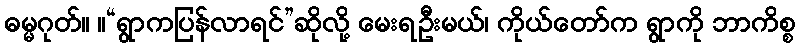
ဓမ္မဂုတ်။ ။“ရွာကပြန်လာရင်”ဆိုလို့ မေးရဦးမယ်၊ ကိုယ်တော်က ရွာကို ဘာကိစ္စ